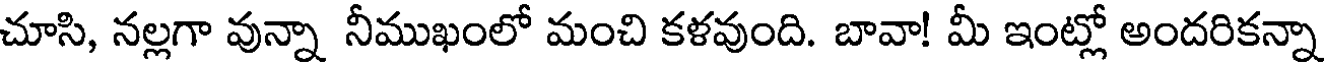
చూసి, నల్లగా వున్నా నీముఖంలో మంచి కళవుంది. బావా! మీ ఇంట్లో అందరికన్నా